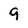
Character: 9